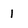
Character: 1